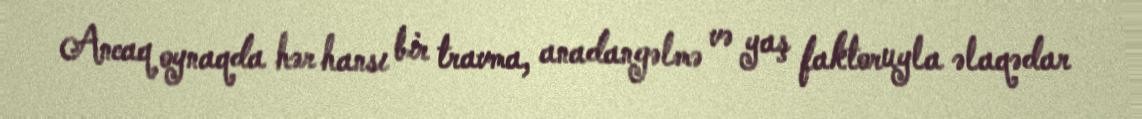
Ancaq oynaqda hər hansı bir travma, anadangəlmə və yaş faktoruyla əlaqədar